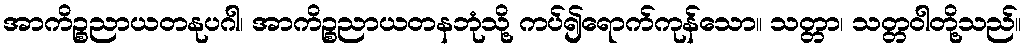
အာကိဉ္စညာယတနုပဂါ၊ အာကိဉ္စညာယတနဘုံသို့ ကပ်၍ရောက်ကုန်သော။ သတ္တာ၊ သတ္တဝါတို့သည်။